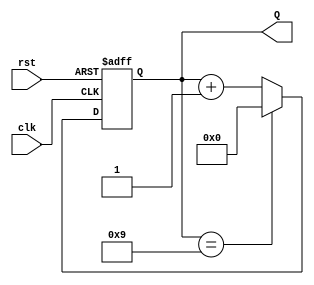
module decade_counter (
    input wire clk,       // Clock input
    input wire rst,       // Asynchronous reset
    output reg [3:0] Q    // 4-bit output for the count
);

// Always block triggered on the rising edge of the clock or when reset is active
always @(posedge clk or posedge rst) begin
    if (rst) begin
        Q <= 4'b0000;    // Reset the counter to 0
    end else begin
        if (Q == 4'b1001) begin
            Q <= 4'b0000; // Reset to 0 when count reaches 10
        end else begin
            Q <= Q + 1;   // Increment the counter
        end
    end
end

endmodule